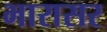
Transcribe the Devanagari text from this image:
भारासर